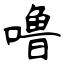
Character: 噜